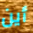
أين